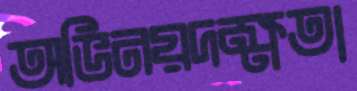
অভিনয়দক্ষতা